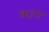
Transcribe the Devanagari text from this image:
कट्टन